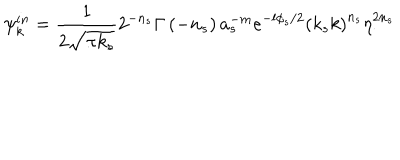
\psi _ { k } ^ { i n } = \frac { 1 } { 2 \sqrt { \pi k _ { s } } } 2 ^ { - n _ { s } } \Gamma \left( - n _ { s } \right) a _ { s } ^ { - m } e ^ { - l \phi _ { s } / 2 } \left( k _ { s } k \right) ^ { n _ { s } } \eta _ { . } ^ { 2 n _ { s } }